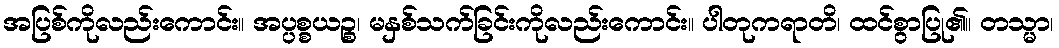
အပြစ်ကိုလည်းကောင်း။ အပ္ပစ္စယဉ္စ၊ မနှစ်သက်ခြင်းကိုလည်းကောင်း။ ပါတုကရာတိ၊ ထင်စွာပြု၏။ တသ္မာ၊